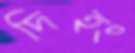
দিহং